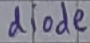
Text: diode